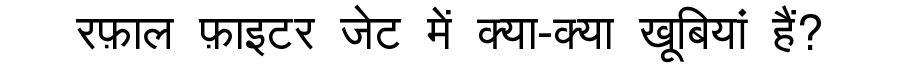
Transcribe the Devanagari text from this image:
रफ़ाल फ़ाइटर जेट में क्या-क्या खूबियां हैं?